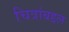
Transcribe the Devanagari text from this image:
चित्रांबद्दल